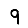
Digit: 9